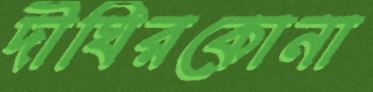
দীঘিরকোনা